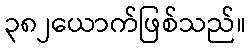
၃၈၂ယောက်ဖြစ်သည်။